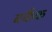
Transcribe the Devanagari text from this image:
बर्कैक